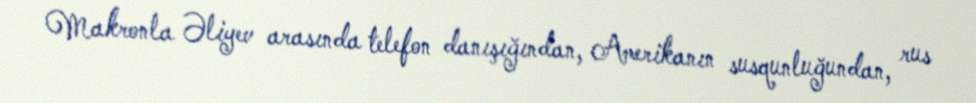
Makronla Əliyev arasında telefon danışığından, Amerikanın susqunluğundan, rus